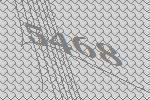
5468